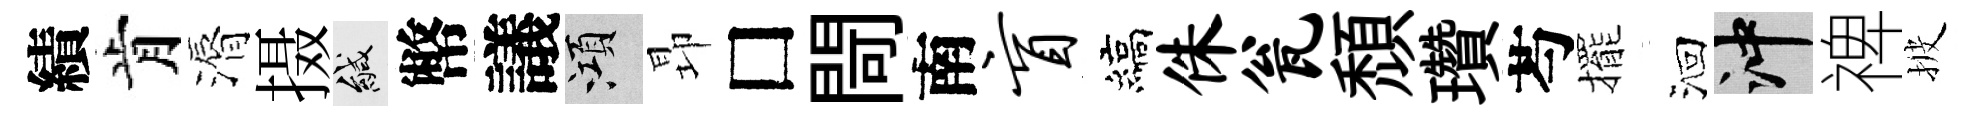
績肯漘摄緘幣議澒昻□閜南盲縞侏瓮頹瓚芍擺洄冲禆披